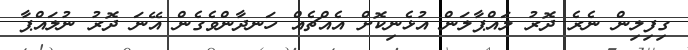
ގިފިލިން ނެރެ ދޮރު ލައްޕާލަން އުޅެނިކޮށް އެއްޗެއް ހަނދާންވެގެން އޭނަ ދޮރު ނުލައްޕާ